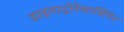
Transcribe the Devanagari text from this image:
डाइनाट्रोरेसार्सिनेट